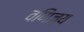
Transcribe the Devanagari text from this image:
वणिज्य